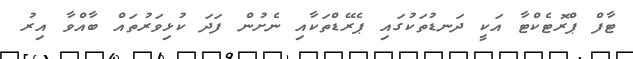
ޓާފް ޕްރޮޓެކްޓާ އަކީ ދަނޑުތަކުގައި ޕެރޭޑްތަކާއި ނެށުން ފަދަ ކުޅިވަރުތައް ބާއްވާ އިރު